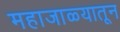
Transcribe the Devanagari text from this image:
महाजाळ्यातून